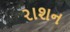
રાશન